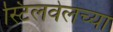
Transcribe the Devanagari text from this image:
स्टिलवेलच्या